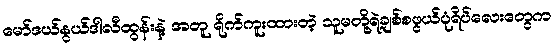
မော်ဒယ်နွယ်ဒါလီထွန်းနဲ့ အတူ ရိုက်ကူးထားတဲ့ သူမတို့ရဲ့ချစ်စဖွယ်ပုံရိပ်လေးတွေက